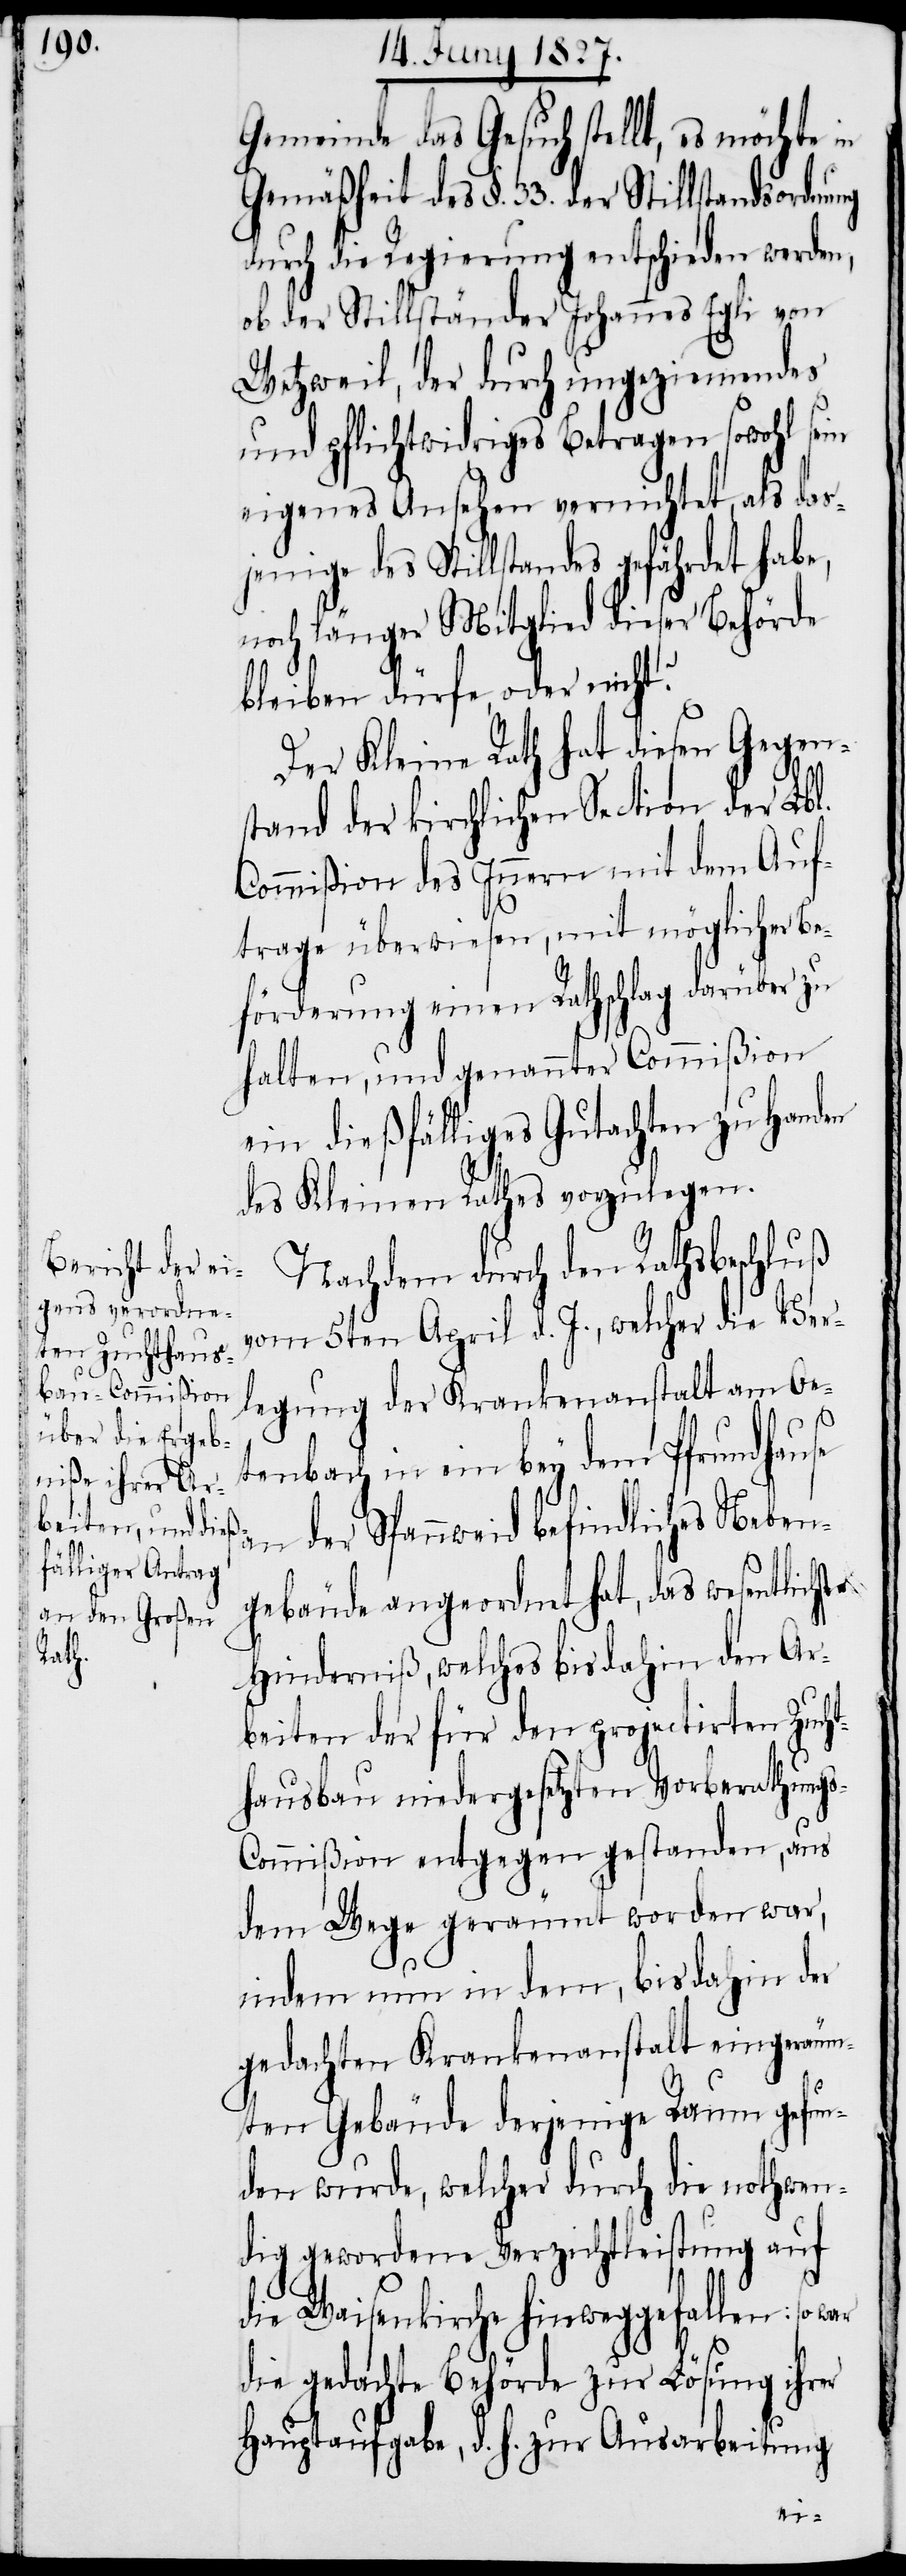
Gemeinde das Gesuch stellt, es möchte in
durch die Regierung entschieden werden,
ob der Stillständer Johannes Egli von
Wetzweil, der durch ungeziemendes
und pflichtwidriges Betragen sowohl sein
eigenes Ansehen vernichtet, als das¬
jenige des Stillstandes gefährdet habe,
noch länger Mitglied dieser Behörde
bleiben dürfe oder nicht?
Der Kleine Rath hat diesen Gegen¬
stand der kirchlichen Section der Lbl.
Commißion des Innern mit dem Auf¬
trage überwiesen, mit möglicher Be¬
förderung einen Rathschlag darüber zu
halten, und genannter Commißion
ein dießfälliges Gutachten zu Handen
des Kleinen Rathes vorzulegen.
Nachdem durch den Rathsbeschluß
vom 5ten April d. J., welcher die Ver¬
legung der Krankenanstalt am Oe¬
tenbach in ein bey dem Pfrundhause
gebäude angeordnet hat, das wesentlichste
Hinderniß, welches bis dahin den Ar¬
beiten der für den projectirten Zucht¬
hausbau niedergesetzten Vorberathung¬
s-Commißion entgegen gestanden, aus
dem Wege geräumt worden war,
indem nun in dem, bis dahin der
gedachten Krankenanstalt eingeräum¬
ten Gebäude derjenige Raum gefun¬
den wurde, welcher durch die nothwen¬
dig gewordene Verzichtleistung auf
die Waisenkirche hinweggefallen: so war
die gedachte Behörde zur Lösung ihrer
Hauptaufgabe, d. h. zur Ausarbeitung
Neben¬